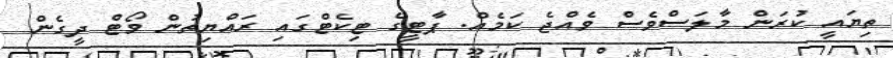
ތިޔައީ ކުރަން މާލަސްވެސް ވެއްޖެ ކަމެއް. ޕާޓީގެ ޓިކެޓްގައި ރައްޔިތުން ވޯޓް ދީގެން